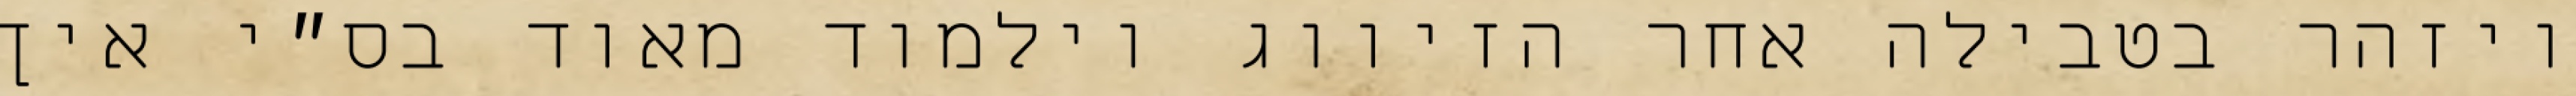
ויזהר בטבילה אחר הזיווג וילמוד מאוד בס״י איך